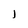
Character: l